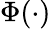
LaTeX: \Phi(\cdot)